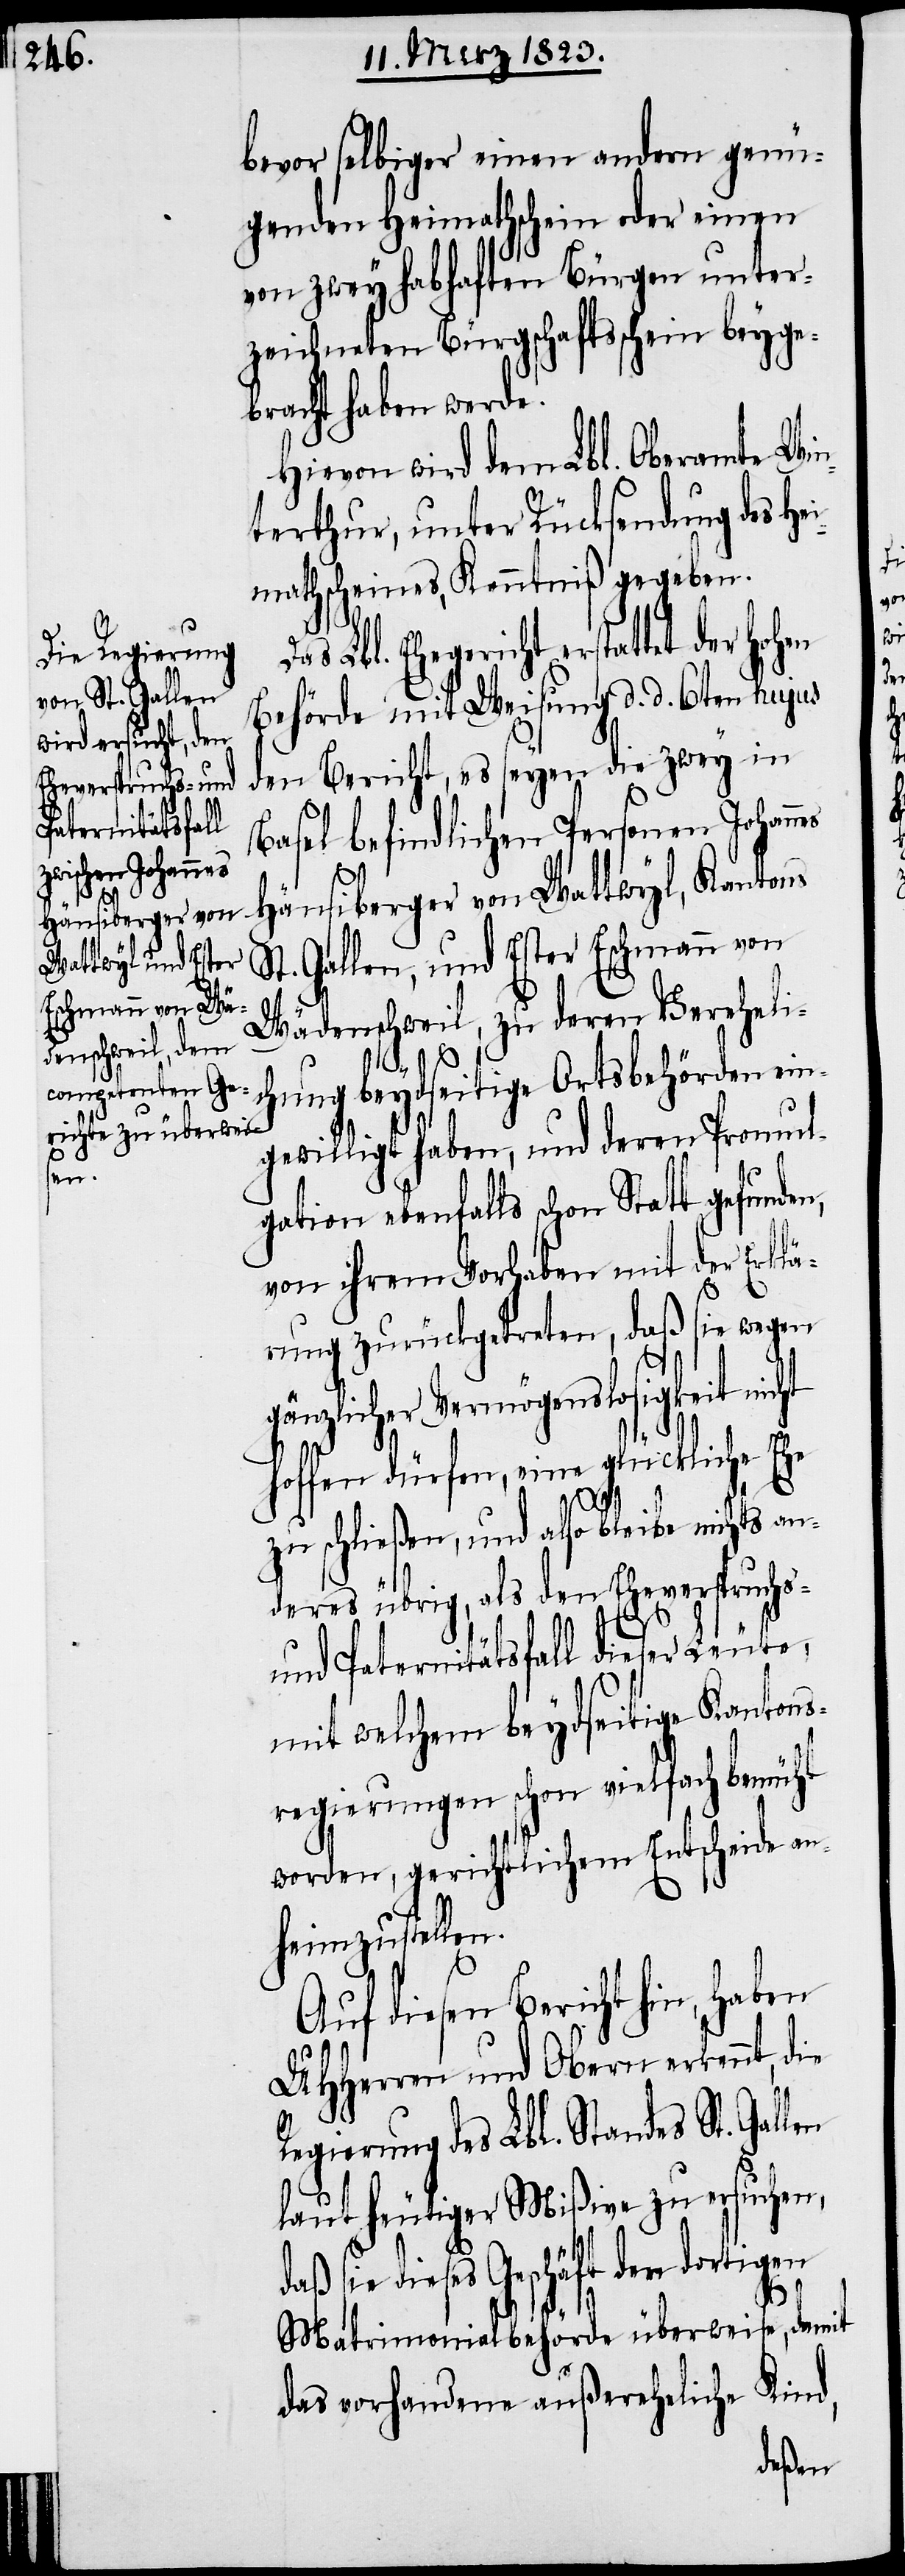
bevor selbiger einen andern genü¬
genden Heimathschein oder einen
von zwey habhaften Bürgen unter¬
zeichneten Bürgschaftsschein beyge¬
bracht haben werde.
Hievon wird dem Lbl. Oberamte Win¬
terthur, unter Rücksendung des He¬
imathscheines, Kenntniß gegeben.
as Lbl. Ehegericht erstattet der Hohen
Behörde mit Weisung d. d. 6ten hujus
den Bericht, es seyen die zwey in
Basel befindlichen Personen Johan¬
ht
Häusiberger von Wattwyl, Kantons
St. Gallen, und Ester Eschmann von
Wädenschweil, zu deren Vereheli¬
D¬
chung beydseitige Ortsbehörden ein¬
gewilligt haben, und deren Promul¬
gation ebenfalls schon Statt gefunden,
von ihrem Vorhaben mit der Erklä¬
rung zurückgetreten, daß sie wegen
gänzlicher Vermögenslosigkeit nic¬
hoffen dürfen, eine glückliche Ehe
zu schließen, und also bleibe nichts an¬
deres übrig, als den Eheverspruchs-
len
und Paternitätsfall dieser Leute,
mit welchem beydseitige Kantons¬
regierungen schon vielfach bemüht
worden, gerichtlichem Entscheide an¬
heimzustellen.
Auf diesen Bericht hin, haben
UHHerren und Obern erkennt, die
Regierung des Lbl. Standes St. Gal¬
laut heutiger Mißive zu ersuchen,
daß sie dieses Geschäft der dortigen
Matrimonialbehörde überweise, damit
das vorhandene außereheliche Kind,